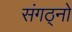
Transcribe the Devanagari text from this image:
संगठ्नो